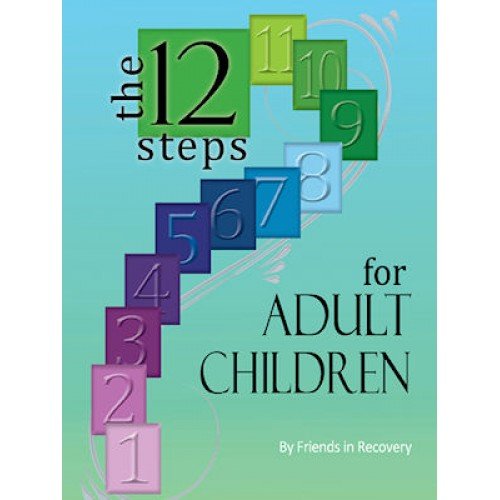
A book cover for Twelve Steps for Adult Children; Friends in Recovery; Health, Fitness & Dieting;